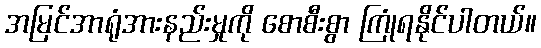
အမြင်အာရုံအားနည်းမှုကို စောစီးစွာ ကြုံရနိုင်ပါတယ်။